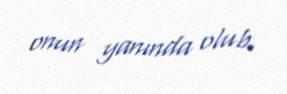
onun yanında olub.